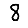
Digit: 8